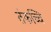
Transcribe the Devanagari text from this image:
तंकच्चि